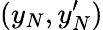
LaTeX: (y_{N},y_{N}^{\prime})